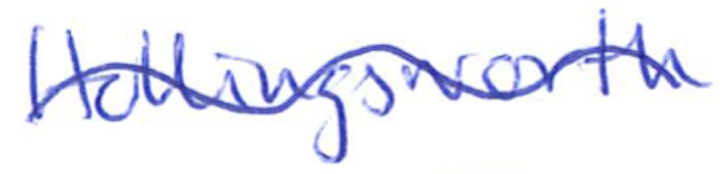
Text: Hollingsworth
Cross-out: wave
Writing tool: ballpoint